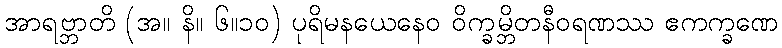
အာရဗ္ဘာတိ (အ။ နိ။ ၆။၁၀) ပုရိမနယေနေဝ ဝိက္ခမ္ဘိတနီဝရဏဿ ဧကက္ခဏေ